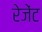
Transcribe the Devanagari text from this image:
रेजेंट